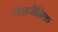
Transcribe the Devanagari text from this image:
टांसजैनिक